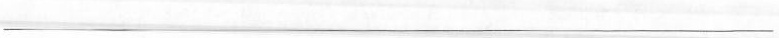
___